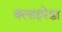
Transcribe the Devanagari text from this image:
क्लाइपेडा